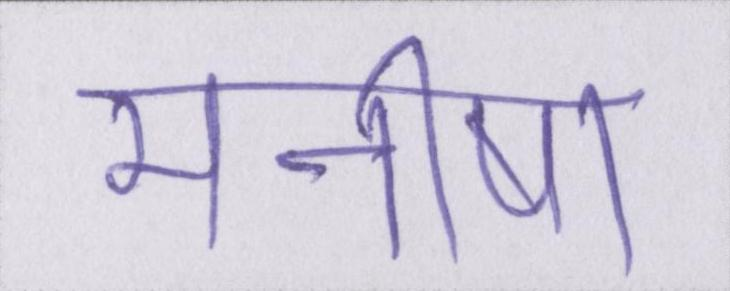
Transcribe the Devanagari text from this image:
मनीषा